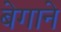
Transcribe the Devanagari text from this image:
बेगाने